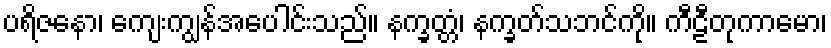
ပရိဇနော၊ ကျေးကျွန်အပေါင်းသည်။ နက္ခတ္တံ၊ နက္ခတ်သဘင်ကို။ ကီဠီတုကာမော၊